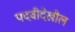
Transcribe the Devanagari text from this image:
पदवीदेखील